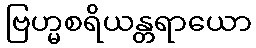
ဗြဟ္မစရိယန္တရာယော